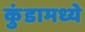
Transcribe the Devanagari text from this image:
कुंडामध्ये